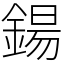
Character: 鍚